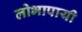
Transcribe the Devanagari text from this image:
लोभापायी